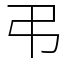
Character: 弔